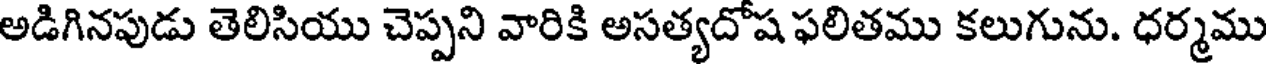
అడిగినపుడు తెలిసియు చెప్పని వారికి అసత్యదోష ఫలితము కలుగును. ధర్మము